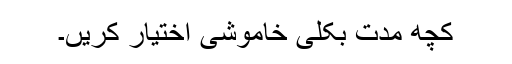
کچھ مدت بکلّی خاموشی اختیار کریں۔